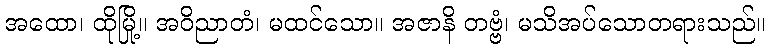
အထော၊ ထိုမြို့။ အဝိညာတံ၊ မထင်သော။ အဇာနိ တဗ္ဗံ၊ မသိအပ်သောတရားသည်။